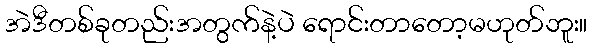
အဲဒီတစ်ခုတည်းအတွက်နဲ့ပဲ ရောင်းတာတော့မဟုတ်ဘူး။